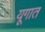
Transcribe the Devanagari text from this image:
यूगात